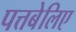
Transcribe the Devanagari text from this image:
पत्तबेलिए